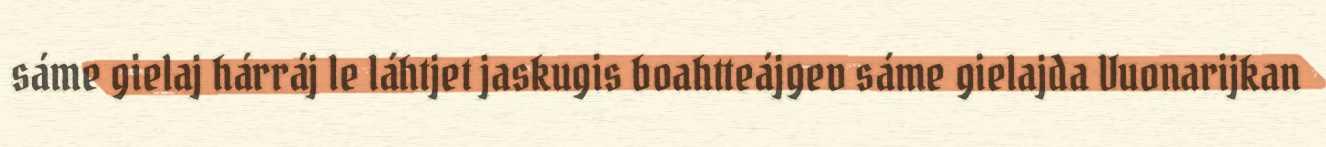
sáme gielaj hárráj le láhtjet jaskugis boahtteájgev sáme gielajda Vuonarijkan